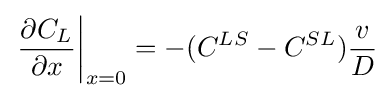
\left.{\frac {\partial C_{L}}{\partial x}}\right|_{x=0}=-(C^{LS}-C^{SL}){\frac {v}{D}}